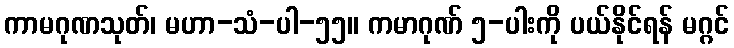
ကာမဂုဏသုတ်၊ မဟာ-သံ-ပါ-၅၅။ ကမာဂုဏ် ၅-ပါးကို ပယ်နိုင်ရန် မဂ္ဂင်